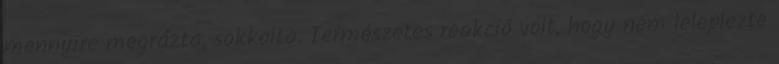
mennyire megrázta, sokkolta. Természetes reakció volt, hogy nem leleplezte